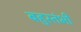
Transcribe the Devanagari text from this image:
बहुस्तंभी